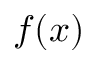
f ( x )